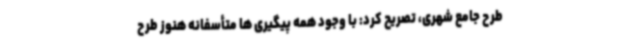
طرح جامع شهری، تصریح کرد: با وجود همه پیگیری ها متأسفانه هنوز طرح